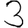
Digit: 3